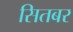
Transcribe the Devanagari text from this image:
सितबर